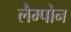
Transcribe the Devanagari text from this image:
लैम्पोन